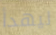
ليهدأ